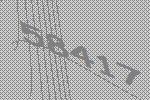
58417